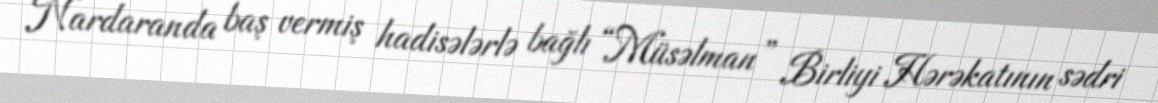
Nardaranda baş vermiş hadisələrlə bağlı “Müsəlman” Birliyi Hərəkatının sədri